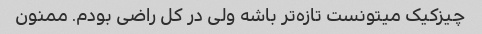
چیزکیک میتونست تازه‌تر باشه ولی در کل راضی بودم. ممنون